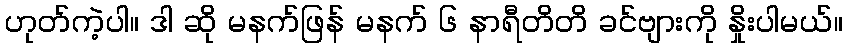
ဟုတ်ကဲ့ပါ။ ဒါ ဆို မနက်ဖြန် မနက် ၆ နာရီတိတိ ခင်ဗျားကို နှိုးပါမယ်။